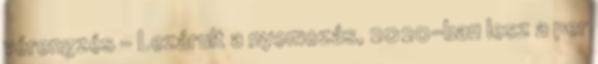
vérengzés - Lezárult a nyomozás, 2020-ban lesz a per